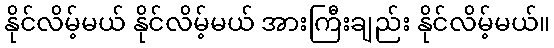
နိုင်လိမ့်မယ် နိုင်လိမ့်မယ် အားကြီးချည်း နိုင်လိမ့်မယ်။